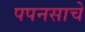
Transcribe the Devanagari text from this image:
पपनसाचे